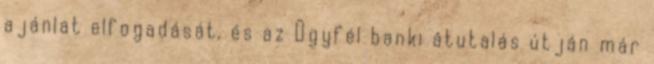
ajánlat elfogadását, és az Ügyfél banki átutalás útján már